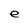
Character: e